Insane asylums in Bengal annual reports 1867-1875 - 1867-1875
Year: 1867
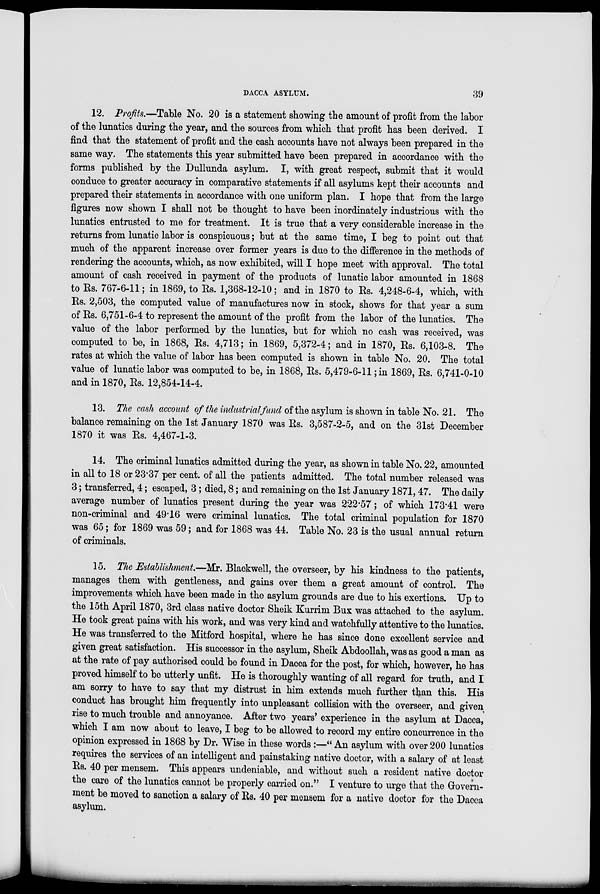
DACCA ASYLUM.
39
12. Profits.—Table No. 20 is a statement showing the amount of profit from the labor
of the lunatics during the year, and the sources from which that profit has been derived. I
find that the statement of profit and the cash accounts have not always been prepared in the
same way. The statements this year submitted have been prepared in accordance with the
forms published by the Dullunda asylum. I, with great respect, submit that it would
conduce to greater accuracy in comparative statements if all asylums kept their accounts and
prepared their statements in accordance with one uniform plan. I hope that from the large
figures now shown I shall not be thought to have been inordinately industrious with the
lunatics entrusted to me for treatment. It is true that a very considerable increase in the
returns from lunatic labor is conspicuous; but at the same time, I beg to point out that
much of the apparent increase over former years is due to the difference in the methods of
rendering the accounts, which, as now exhibited, will I hope meet with approval. The total
amount of cash received in payment of the products of lunatic labor amounted in 1868
to Rs. 767-6-11; in 1869, to Rs. 1,368-12-10; and in 1870 to Rs. 4,248-6-4, which, with
Rs. 2,503, the computed value of manufactures now in stock, shows for that year a sum
of Rs. 6,751-6-4 to represent the amount of the profit from the labor of the lunatics. The
value of the labor performed by the lunatics, but for which no cash was received, was
computed to be, in 1868, Rs. 4,713; in 1869, 5,372-4; and in 1870, Rs. 6,103-8. The
rates at which the value of labor has been computed is shown in table No. 20. The total
value of lunatic labor was computed to be, in 1868, Rs. 5,479-6-11; in 1869, Rs. 6,741-0-10
and in 1870, Rs. 12,854-14-4.
13. The cash account of the industrial fund of the asylum is shown in table No. 21. The
balance remaining on the 1st January 1870 was Rs. 3,587-2-5, and on the 31st December
1870 it was Rs. 4,467-1-3.
14. The criminal lunatics admitted during the year, as shown in table No. 22, amounted
in all to 18 or 23.37 per cent. of all the patients admitted. The total number released was
3; transferred, 4; escaped, 3 ; died, 8; and remaining on the 1st January 1871, 47. The daily
average number of lunatics present during the year was 222.57; of which 173.41 were
non-criminal and 49.16 were criminal lunatics. The total criminal population for 1870
was 65; for 1869 was 59; and for 1868 was 44. Table No. 23 is the usual annual return
of criminals.
15. The Establishment.—Mr. Blackwell, the overseer, by his kindness to the patients,
manages them with gentleness, and gains over them a great amount of control. The
improvements which have been made in the asylum grounds are due to his exertions. Up to
the 15th April 1870, 3rd class native doctor Sheik Kurrim Bux was attached to the asylum.
He took great pains with his work, and was very kind and watchfully attentive to the lunatics.
He was transferred to the Mitford hospital, where he has since done excellent service and
given great satisfaction. His successor in the asylum, Sheik Abdoollah, was as good a man as
at the rate of pay authorised could be found in Dacca for the post, for which, however, he has
proved himself to be utterly unfit. He is thoroughly wanting of all regard for truth, and I
am sorry to have to say that my distrust in him extends much further than this. His
conduct has brought him frequently into unpleasant collision with the overseer, and given
rise to much trouble and annoyance. After two years' experience in the asylum at Dacca,
which I am now about to leave, I beg to be allowed to record my entire concurrence in the
opinion expressed in 1868 by Dr. Wise in these words :—" An asylum with over 200 lunatics
requires the services of an intelligent and painstaking native doctor, with a salary of at least
Rs. 40 per mensem. This appears undeniable, and without such a resident native doctor
the care of the lunatics cannot be properly carried on." I venture to urge that the Govern-
ment be moved to sanction a salary of Rs. 40 per mensem for a native doctor for the Dacca
asylum.